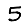
Digit: 5